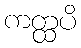
ကတ္ထပိ